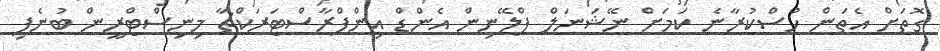
ގޮތަށް އެތަން ހުސްކުރާނެ ކަމަށް ނޭޝަނަލް ޕްލޭނިން އެންޑް އިންފްރާސްޓަރަކްޗާ މިނިސްޓްރީން ބުނެފި